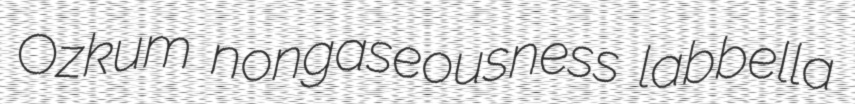
Ozkum nongaseousness labbella